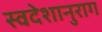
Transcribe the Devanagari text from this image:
स्वदेशानुराग